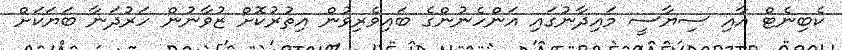
ކެބިނެޓް އާއި ސިޔާސީ މައިދާނުގައި އަންހެނުންގެ ބައިވެރިވުން އިތުރުކޮށް ޒުވާނުން ހަރުދަނާ ބަޔަކަށް